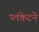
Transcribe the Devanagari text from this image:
प्लंकेटने